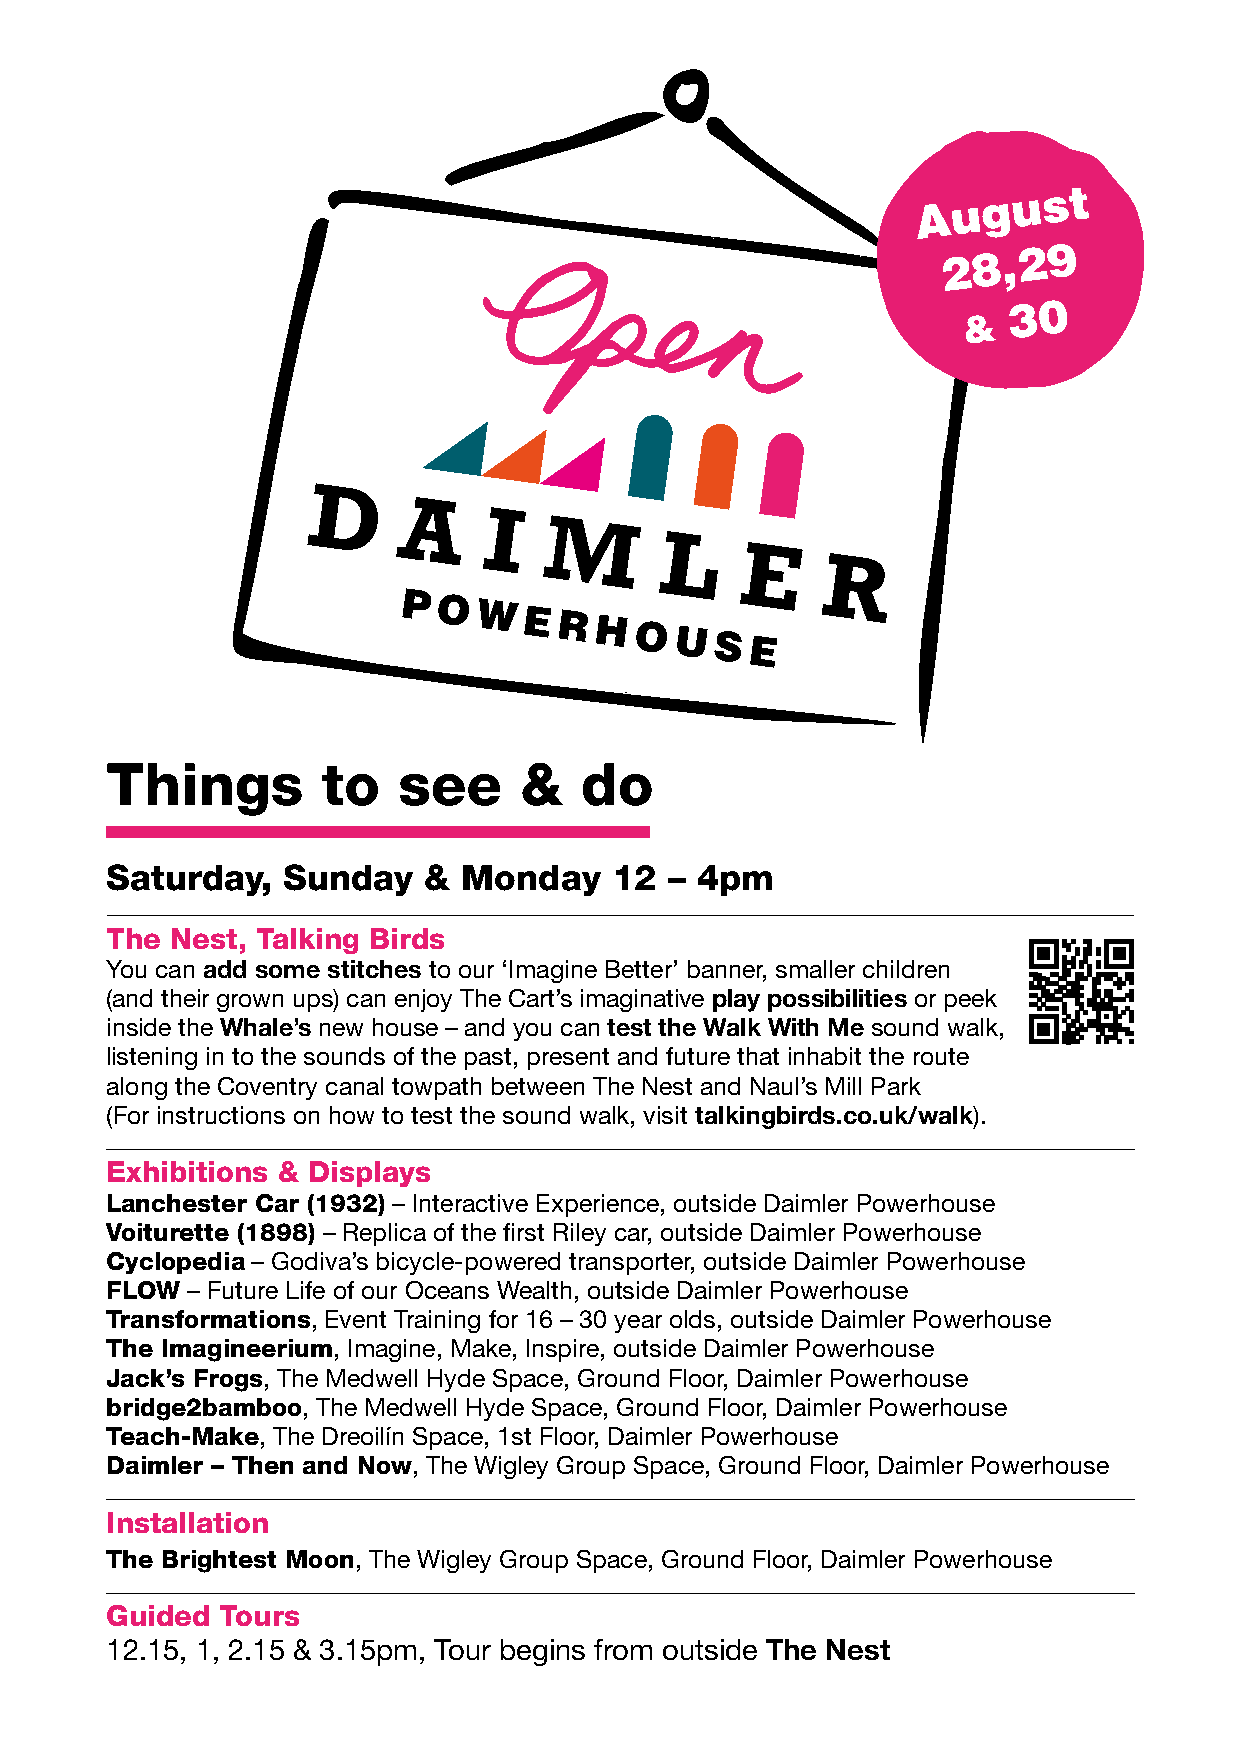
August
 28,29
 30
 &
 D
 A
 I
 M
 L
 E
 R
 PO
 WERHOUSE
 Things        to   see     &   do
 Saturday,   Sunday   &  Monday   12  – 4pm
 The Nest, Talking Birds
 You can add some stitches to our ‘Imagine Better’ banner, smaller children
 (and their grown ups) can enjoy The Cart’s imaginative play possibilities or peek
 inside the Whale’s new house – and you can test the Walk With Me sound walk,
 listening in to the sounds of the past, present and future that inhabit the route
 along the Coventry canal towpath between The Nest and Naul’s Mill Park
 (For instructions on how to test the sound walk, visit talkingbirds.co.uk/walk).
 Exhibitions & Displays
 Lanchester Car (1932) – Interactive Experience, outside Daimler Powerhouse
 Voiturette (1898) – Replica of the first Riley car, outside Daimler Powerhouse
 Cyclopedia – Godiva’s bicycle-powered transporter, outside Daimler Powerhouse
 FLOW – Future Life of our Oceans Wealth, outside Daimler Powerhouse
 Transformations, Event Training for 16 – 30 year olds, outside Daimler Powerhouse
 The Imagineerium, Imagine, Make, Inspire, outside Daimler Powerhouse
 Jack’s Frogs, The Medwell Hyde Space, Ground Floor, Daimler Powerhouse
 bridge2bamboo, The Medwell Hyde Space, Ground Floor, Daimler Powerhouse
 Teach-Make, The Dreoilín Space, 1st Floor, Daimler Powerhouse
 Daimler – Then and Now, The Wigley Group Space, Ground Floor, Daimler Powerhouse
 Installation
 The Brightest Moon, The Wigley Group Space, Ground Floor, Daimler Powerhouse
 Guided  Tours
 12.15, 1, 2.15 & 3.15pm, Tour begins from outside The Nest